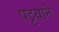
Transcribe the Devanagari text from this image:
पट्टय़ाने